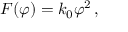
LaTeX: F ( \varphi ) = k _ { 0 } { \varphi } ^ { 2 } \, ,